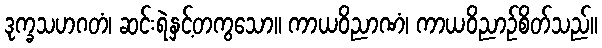
ဒုက္ခသဟဂတံ၊ ဆင်းရဲနှင့်တကွသော။ ကာယဝိညာဏံ၊ ကာယဝိညာဉ်စိတ်သည်။